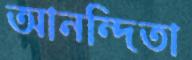
আনন্দিতা